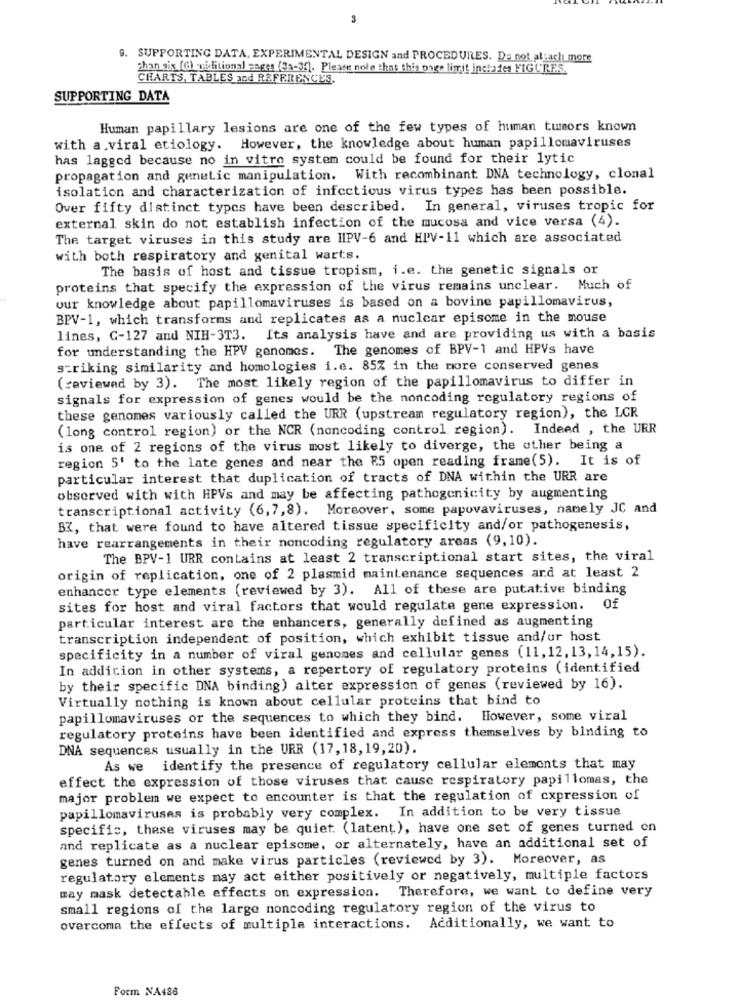
3
9. SUPPORTING DATA, EXPERIMENTAL DESIGN and PROCEDURES. Da not attach more
than six (G) vidlitional sager (33-3f). Please note that this onge limit incha des FIGURES.
CHARTS, TABLES and REFERENCES.
SUPPORTING DATA
Human papillary lesions are one of the few types of human tumors known
with a.viral etiology. However, the knowledge about human papillomaviruses
has lagged because no in vitro system could be found for their lytic
propagation and genetic manipulation. With recombinant DNA technology, clonal
isolation and characterization of infectious virus types has been possible.
Over fifty distinct types have been described. In general, viruses tropic for
external skin do not establish infection of the mucosa and vice versa (4).
The target viruses in this study are HPV-6 and HIV-11 which are associated
with both respiratory and genital warts.
The basis of host and tissue tropism, i.e. the genetic signals or
proteins that specify the expression of the virus remains unclear. Much of
our knowledge about papillomaviruses is based on a bovine papillomavirus,
BPV-1, which transforms and replicates as a nuclear episome in the mouse
lines, C-127 and NIH-3T3.
Its analysis have and are providing us with a basis
for understanding the HPV genomes. The genomes of BPV-1 and HPVs have
striking similarity and homologies i.e. 85% in the more conserved genes
(reviewed by 3). The most likely region of the papillomavirus to differ in
signals for expression of genes would be the noncoding regulatory regions of
these genomes variously called the URR (upstream regulatory region), the LCR
(long control region) or the NCR (noncoding control region). Indeed , the URR
is one of 2 regions of the virus most likely to diverge, the other being a
region 5' to the late genes and near the E5 open reading frame(5). It is of
particular interest that duplication of tracts of DNA within the URR are
observed with with HPVs and may be affecting pathogenicity by augmenting
transcriptional activity (6,7,8). Moreover, some papovaviruses, namely JC and
BK, that were found to have altered tissue specificity and/or pathogenesis,
have rearrangements in their noncoding regulatory areas (9,10).
The BPV-1 URR contains at least 2 transcriptional start sites, the viral
origin of replication, one of 2 plasmid maintenance sequences ard at least 2
enhancer type elements (reviewed by 3). All of these are putative binding
sites for host and viral factors that would regulate gene expression. Of
particular interest are the enhancers, generally defined as augmenting
transcription independent of position, which exhibit tissue and/or host
specificity in a number of viral genomes and cellular genes (11, 12, 13, 14,15).
In addition in other systems, a repertory of regulatory proteins (identified
by their specific DNA binding) alter expression of genes (reviewed by 16).
Virtually nothing is known about cellular proteins that bind to
papillomaviruses or the sequences to which they bind. However, some viral
regulatory proteins have been identified and express themselves by binding to
DNA sequences usually in the URR (17, 18, 19,20).
As we identify the presence of regulatory cellular elements that may
effect the expression of those viruses that cause respiratory papillomas, the
major problem we expect to encounter is that the regulation of expression of
papillomaviruses is probably very complex. In addition to be very tissue
specific, these viruses may be quiet (latent), have one set of genes turned on
and replicate as a nuclear episome, or alternately, have an additional set of
genes turned on and make virus particles (reviewed by 3). Moreover, as
regulatory elements may act either positively or negatively, multiple factors
may mask detectable effects on expression. Therefore, we want to define very
small regions of the large noncoding regulatory region of the virus to
overcoma the effects of multiple interactions. Additionally, we want to
Form NA486